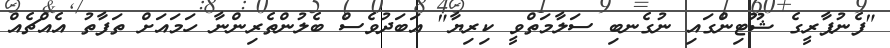
"ފެނުޕާރީގެ ޝޫޓިންގައި ނުގެނބި ސަލާމަތްވީ ކިރިޔާ" އަބަދުވެސް ބެލުންތެރިންނާ ހަމައަށް ތަފާތު އެއްޗެއް